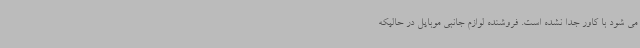
می شود با کاور جدا نشده است. فروشنده لوازم جانبی موبایل در حالیکه